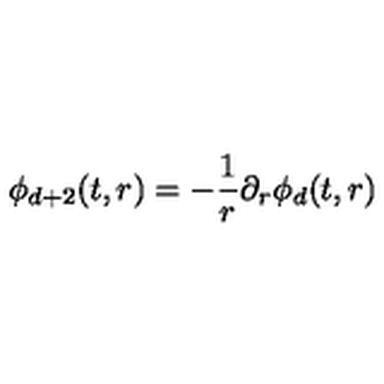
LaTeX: \phi _ { d + 2 } ( t , r ) = - \frac { 1 } { r } \partial _ { r } \phi _ { d } ( t , r )